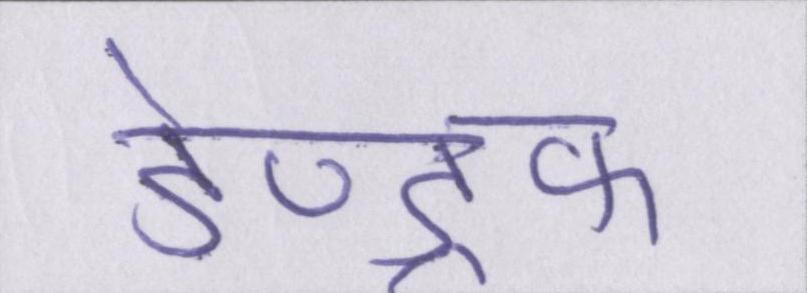
डेण्ड्रफ